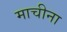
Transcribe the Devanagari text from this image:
माचीना